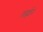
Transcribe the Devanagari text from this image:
लर्ह्मन